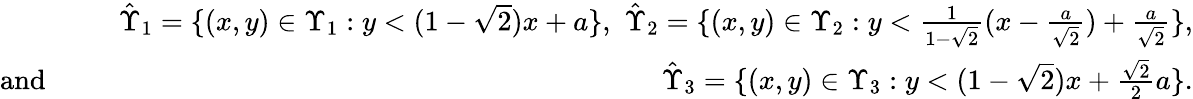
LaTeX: \begin{array}{rlr}&{}&{\hat{\Upsilon}_{1}=\{ (x,y)\in\Upsilon_{1}:y<(1-\sqrt{2})x+a\} ,\, \, \hat{\Upsilon}_{2}=\{ (x,y)\in\Upsilon_{2}:y<\frac{1}{1-\sqrt{2}}(x-\frac{a}{\sqrt{2}})+\frac{a}{\sqrt{2}}\} ,}\\ {\mathrm{and~}\, \, }&{}&{\hat{\Upsilon}_{3}=\{ (x,y)\in\Upsilon_{3}:y<({1-\sqrt{2}})x+\frac{\sqrt{2}}{2}a\} .}\end{array}